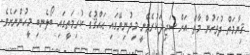
ޤިޔާމަތް ދުވަހުން މާތް އަށް ސަޖިދަކުރެވޭނީ މިދުނިޔޭގައި ޙައްޤުގެ ކުރިމަތީގައި ބޯލެނބި މީހުންނަށެވެ.